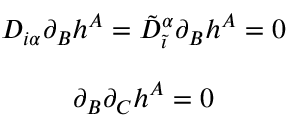
\begin{array} { c } { { D _ { i \alpha } \partial _ { B } h ^ { A } = \tilde { D } _ { \tilde { \imath } } ^ { \alpha } \partial _ { B } h ^ { A } = 0 } } \\ { { { } } } \\ { { \partial _ { B } \partial _ { C } h ^ { A } = 0 } } \end{array}